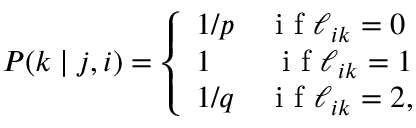
\begin{array} { r } { P ( k \mid j , i ) = \left\{ \begin{array} { l l } { 1 / p \quad \mathrm { ~ i ~ f ~ } \ell _ { i k } = 0 } \\ { 1 \qquad \mathrm { ~ i ~ f ~ } \ell _ { i k } = 1 } \\ { 1 / q \quad \mathrm { ~ i ~ f ~ } \ell _ { i k } = 2 , } \end{array} \right. } \end{array}